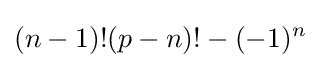
(n-1)!(p-n)!-(-1)^{n}